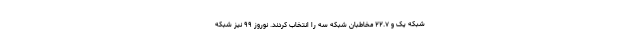
شبکه یک و ۲۲.۷ مخاطبان شبکه سه را انتخاب کردند. نوروز ۹۹ نیز شبکه